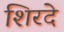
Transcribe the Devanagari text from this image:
शिरदे